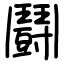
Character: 鬪